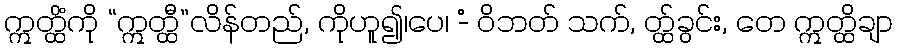
ဣတ္ထိံကို “ဣတ္ထီ”လိန်တည်, ကိုဟူ၍၊ပေ၊ -ံ ဝိဘတ် သက်, တ္ထ်ခွင်း, တေ ဣတ္ထိချာ